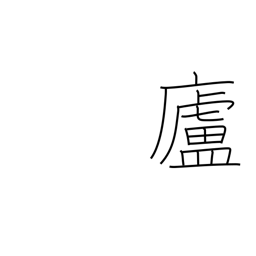
Meaning: hermitage